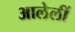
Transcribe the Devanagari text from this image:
आलेलीं